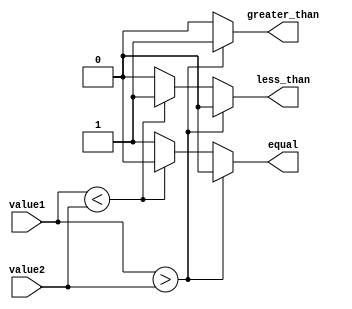
module inequality_comparator (
    input [7:0] value1,
    input [7:0] value2,
    output reg greater_than,
    output reg less_than,
    output reg equal
);

always @ (*) begin
    if (value1 > value2) begin
        greater_than = 1;
        less_than = 0;
        equal = 0;
    end else if (value1 < value2) begin
        greater_than = 0;
        less_than = 1;
        equal = 0;
    end else begin
        greater_than = 0;
        less_than = 0;
        equal = 1;
    end
end

endmodule